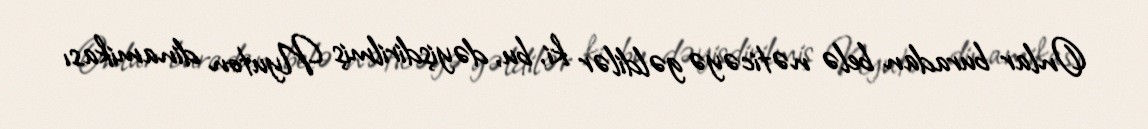
Onlar buradan belə nəticəyə gəldilər ki, bu, dəyişdirilmiş Nyuton dinamikası